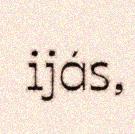
ijás,